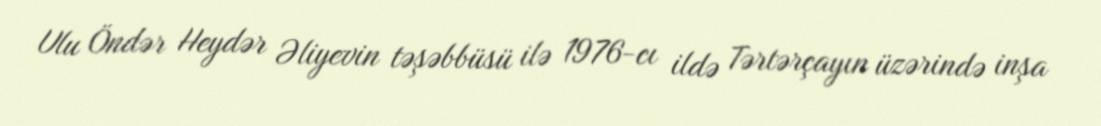
Ulu Öndər Heydər Əliyevin təşəbbüsü ilə 1976-cı ildə Tərtərçayın üzərində inşa